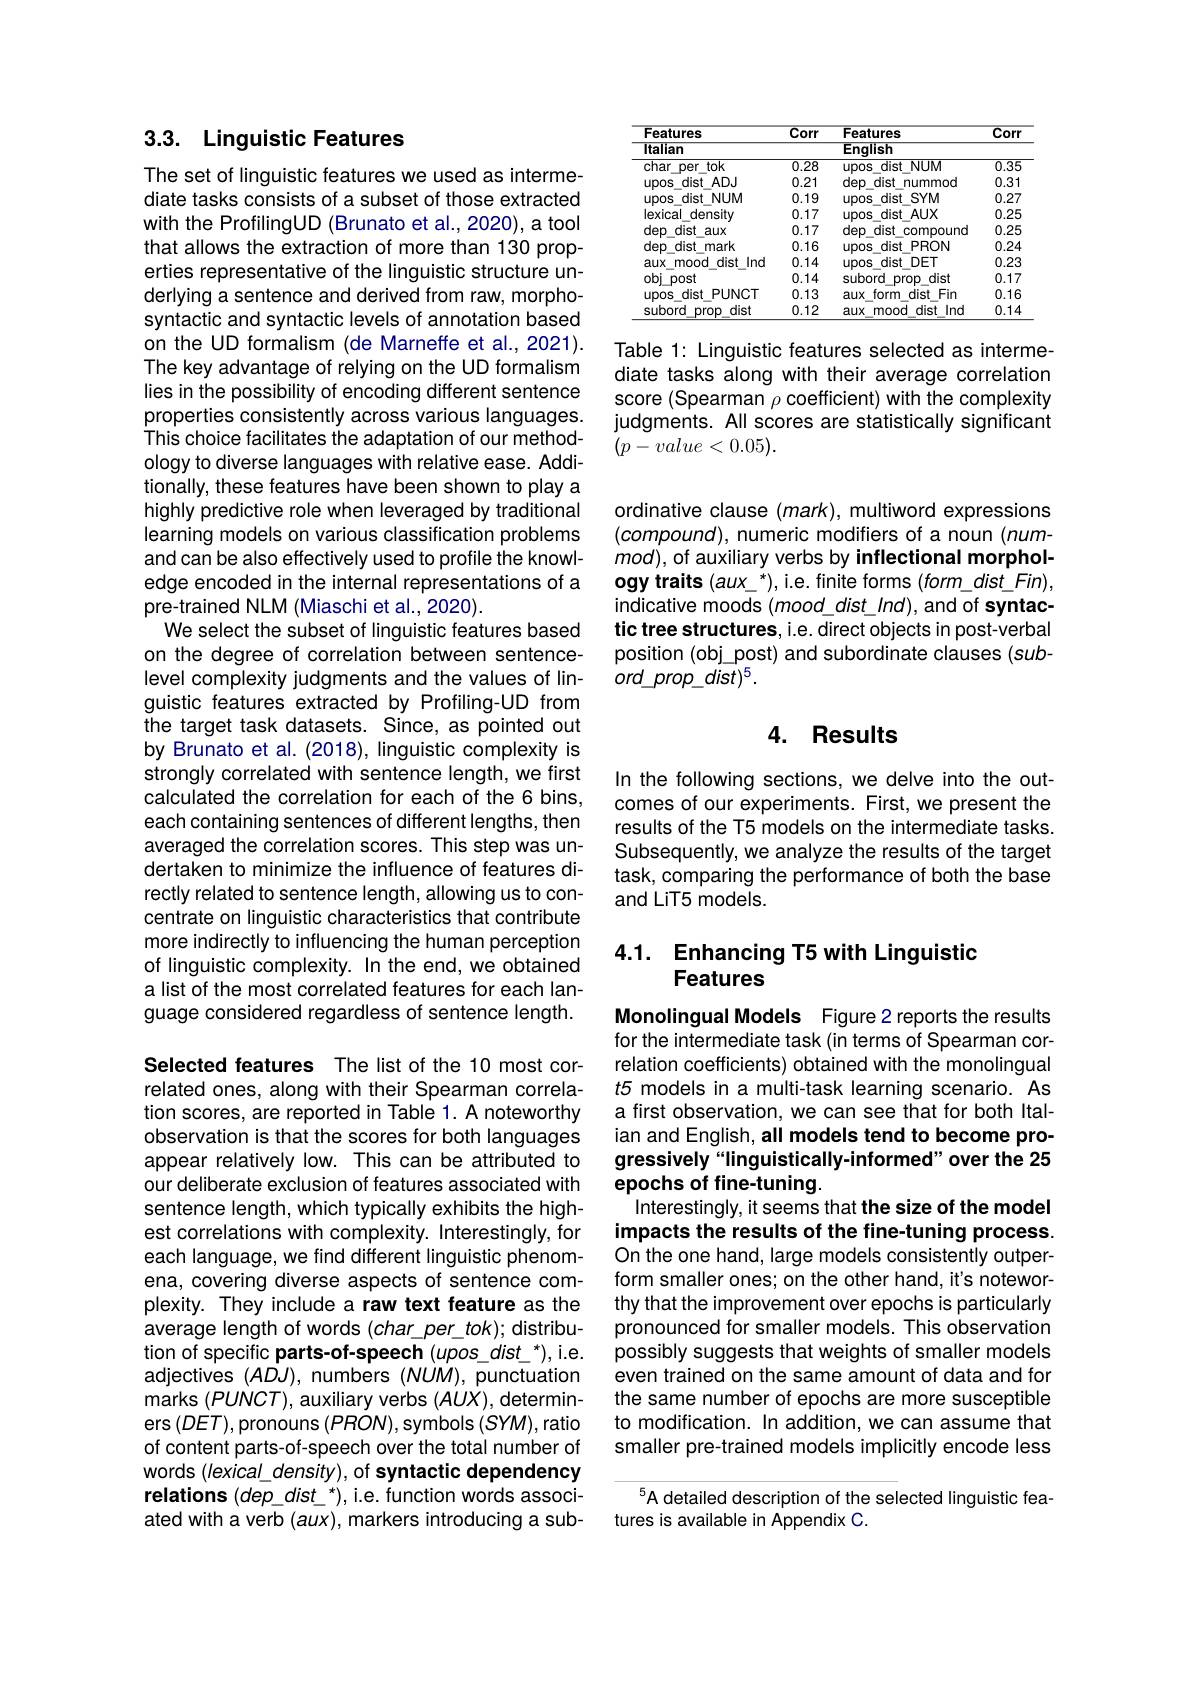
# 3.3. Linguistic Features

The set of linguistic features we used as intermediate tasks consists of a subset of those extracted with the ProfilingUD (Brunato et al.,2020), a tool that allows the extraction of more than 130 properties representative of the linguistic structure underlying a sentence and derived from raw, morphosyntactic and syntactic levels of annotation based on the UD formalism (de Marneffe et al., 2021). The key advantage of relying on the UD formalism lies in the possibility of encoding different sentence properties consistently across various languages. This choice facilitates the adaptation of our methodology to diverse languages with relative ease. Additionally, these features have been shown to play a highly predictive role when leveraged by traditional learning models on various classification problems and can be also effectively used to profile the knowledge encoded in the internal representations of a pre-trained NLM (Miaschi et al., 2020)
We select the subset of linguistic features based on the degree of correlation between sentencelevel complexity judgments and the values of linguistic features extracted by Profiling-UD from the target task datasets. Since, as pointed out by Brunato et al. (2018), linguistic complexity is strongly correlated with sentence length, we first calculated the correlation for each of the 6 bins, each containing sentences of different lengths, then averaged the correlation scores. This step was undertaken to minimize the influence of features directly related to sentence length, allowing us to concentrate on linguistic characteristics that contribute more indirectly to influencing the human perception of linguistic complexity. In the end, we obtained a list of the most correlated features for each language considered regardless of sentence length. Selected features The list of the 10 most cor-

related ones, along with their Spearman correlation scores, are reported in Table 1. A noteworthy observation is that the scores for both languages appear relatively low. This can be attributed to our deliberate exclusion of features associated with sentence length, which typically exhibits the highest correlations with complexity. Interestingly, for each language, we find different linguistic phenomena, covering diverse aspects of sentence complexity. They include a raw text feature as the average length of words (char\_per\_tok); distribution of specific parts-of-speech (upos dist *), i.e. adjectives $(ADJ)$, numbers $(NUM)$, punctuation marks $(PUNCT)$, auxiliary verbs $(AUX)$, determiners $(DET)$,pronouns $(PRON)$,symbols $(SYM)$,ratio of content parts-of-speech over the total number of words (lexical\_density), of syntactic dependency relations (dep\_dist\_*), i.e. function words associated with a verb $(aux)$, markers introducing a sub-

<table>
	<tbody>
		<tr>
			<th>Features</th>
			<th>$\overline{Corr}$</th>
			<th>Features</th>
			<th>$\overline{Corr}$</th>
		</tr>
		<tr>
			<td>ltalian</td>
			<td> </td>
			<td>Enqlish</td>
			<td> </td>
		</tr>
		<tr>
			<td>char per 1 tok</td>
			<td>$\overline{0.28}$</td>
			<td>upos s dist NUM</td>
			<td>$\overline{0.35}$</td>
		</tr>
		<tr>
			<td>Upos dist 1 $ADJ$</td>
			<td>0.21</td>
			<td>dep dist nummod</td>
			<td>0.31</td>
		</tr>
		<tr>
			<td>Upos dist $NUM$</td>
			<td>0.19</td>
			<td>Upos dist $SYM$</td>
			<td>0.27</td>
		</tr>
		<tr>
			<td>lexical density</td>
			<td>0.17</td>
			<td>Upos dist $AUX$</td>
			<td>0.25</td>
		</tr>
		<tr>
			<td>dep dist aux</td>
			<td>0.17</td>
			<td>dep dist comoound</td>
			<td>0.25</td>
		</tr>
		<tr>
			<td>dep $f$ dist mark</td>
			<td>0.16</td>
			<td>Upos dist PRON</td>
			<td>0.24</td>
		</tr>
		<tr>
			<td>aux mood dist lnd</td>
			<td>0.14</td>
			<td>Upos dist DET</td>
			<td>0.23</td>
		</tr>
		<tr>
			<td>obj post</td>
			<td>0.14</td>
			<td>subord prop dist</td>
			<td>0.17</td>
		</tr>
		<tr>
			<td>Upos dist PUNCT</td>
			<td>0.13</td>
			<td>aux form dist Fin</td>
			<td>0.16</td>
		</tr>
		<tr>
			<td>subord prop dist</td>
			<td>0.12 </td>
			<td>aux mood dist Ind</td>
			<td>$0.1_{t}$</td>
		</tr>
	</tbody>
</table>

Table 1: Linguistic features selected as intermediate tasks along with their average correlation score (Spearman $\rho$ coefficient) with the complexity judgments. All scores are statistically significant $(p-value<0.05).$

ordinative clause $(mark)$, multiword expressions $(compound)$, numeric modifiers of a noun (num- $mod)$, of auxiliary verbs by inflectional morphology traits (aux\_*), i.e. finite forms (form\_dist\_Fin), indicative moods $(mood\_dist\_Ind)$,and of syntactic tree structures, i.e. direct objects in post-verbal position (obj post) and subordinate clauses (sub- $ord\_prop\_dist)^5.$

# 4. Results

In the following sections, we delve into the outcomes of our experiments. First, we present the results of the T5 models on the intermediate tasks. Subsequently, we analyze the results of the target task, comparing the performance of both the base and LiT5 models.

## 4.1. Enhancing T5 with Linguistic Features

Monolingual Models Figure 2 reports the results for the intermediate task (in terms of Spearman correlation coefficients) obtained with the monolingual $t5$ models in a multi-task learning scenario. As a first observation, we can see that for both Italian and English, all models tend to become progressively“linguistically-informed”over the 25 epochs of fine-tuning.
Interestingly, it seems that the size of the model impacts the results of the fine-tuning process. On the one hand, large models consistently outperform smaller ones; on the other hand, it's noteworthy that the improvement over epochs is particularly pronounced for smaller models. This observation possibly suggests that weights of smaller models even trained on the same amount of data and for the same number of epochs are more susceptible to modification. In addition, we can assume that smaller pre-trained models implicitly encode less

A detailed description of the selected linguistic fea-
tures is available in Appendix C.